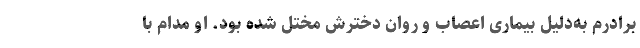
برادرم به‌دلیل بیماری اعصاب و روان دخترش مختل شده بود. او مدام با